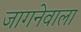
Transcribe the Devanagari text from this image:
जागनेवाला